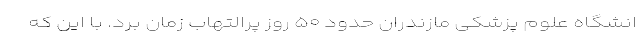
انشگاه علوم پزشکی مازندران حدود ۵۰ روز پرالتهاب زمان برد. با این که